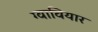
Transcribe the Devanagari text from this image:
ग्वावियार